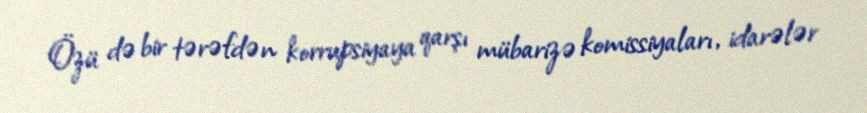
Özü də bir tərəfdən korrupsiyaya qarşı mübarizə komissiyaları, idarələr